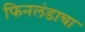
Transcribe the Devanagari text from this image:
फिनलंडाचा